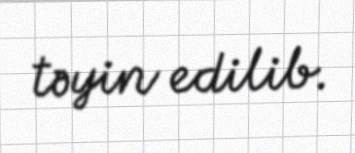
təyin edilib.